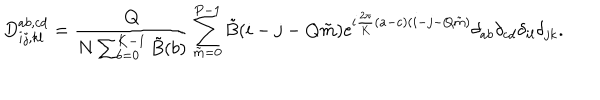
LaTeX: D _ { i j , k l } ^ { a b , c d } = { \frac { Q } { N \sum _ { b = 0 } ^ { K - 1 } \tilde { B } ( b ) } } \sum _ { \tilde { m } = 0 } ^ { P - 1 } \tilde { B } ( i - j - Q \tilde { m } ) \mathrm { e } ^ { i { \frac { 2 \pi } { K } } ( a - c ) ( i - j - Q \tilde { m } ) } \delta _ { a b } \delta _ { c d } \delta _ { i l } \delta _ { j k } .